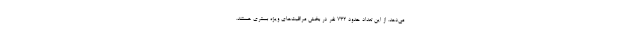
می‌دهد. از این تعداد حدود ۷۳۲ نفر در بخش مراقبت‌های ویژه بستری هستند.